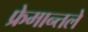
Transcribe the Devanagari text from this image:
फ्रेमान्तले